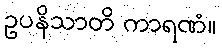
ဥပနိသာတိ ကာရဏံ။